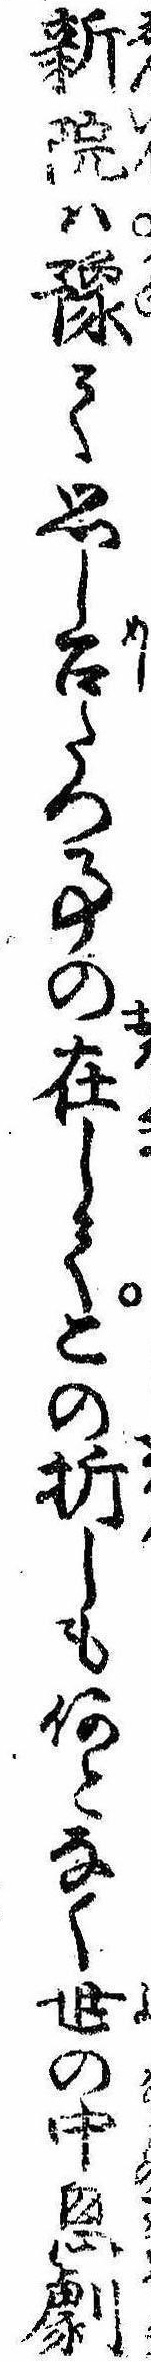
新院は予て思し召たつ事の在してこの折しも何となく世の中劇